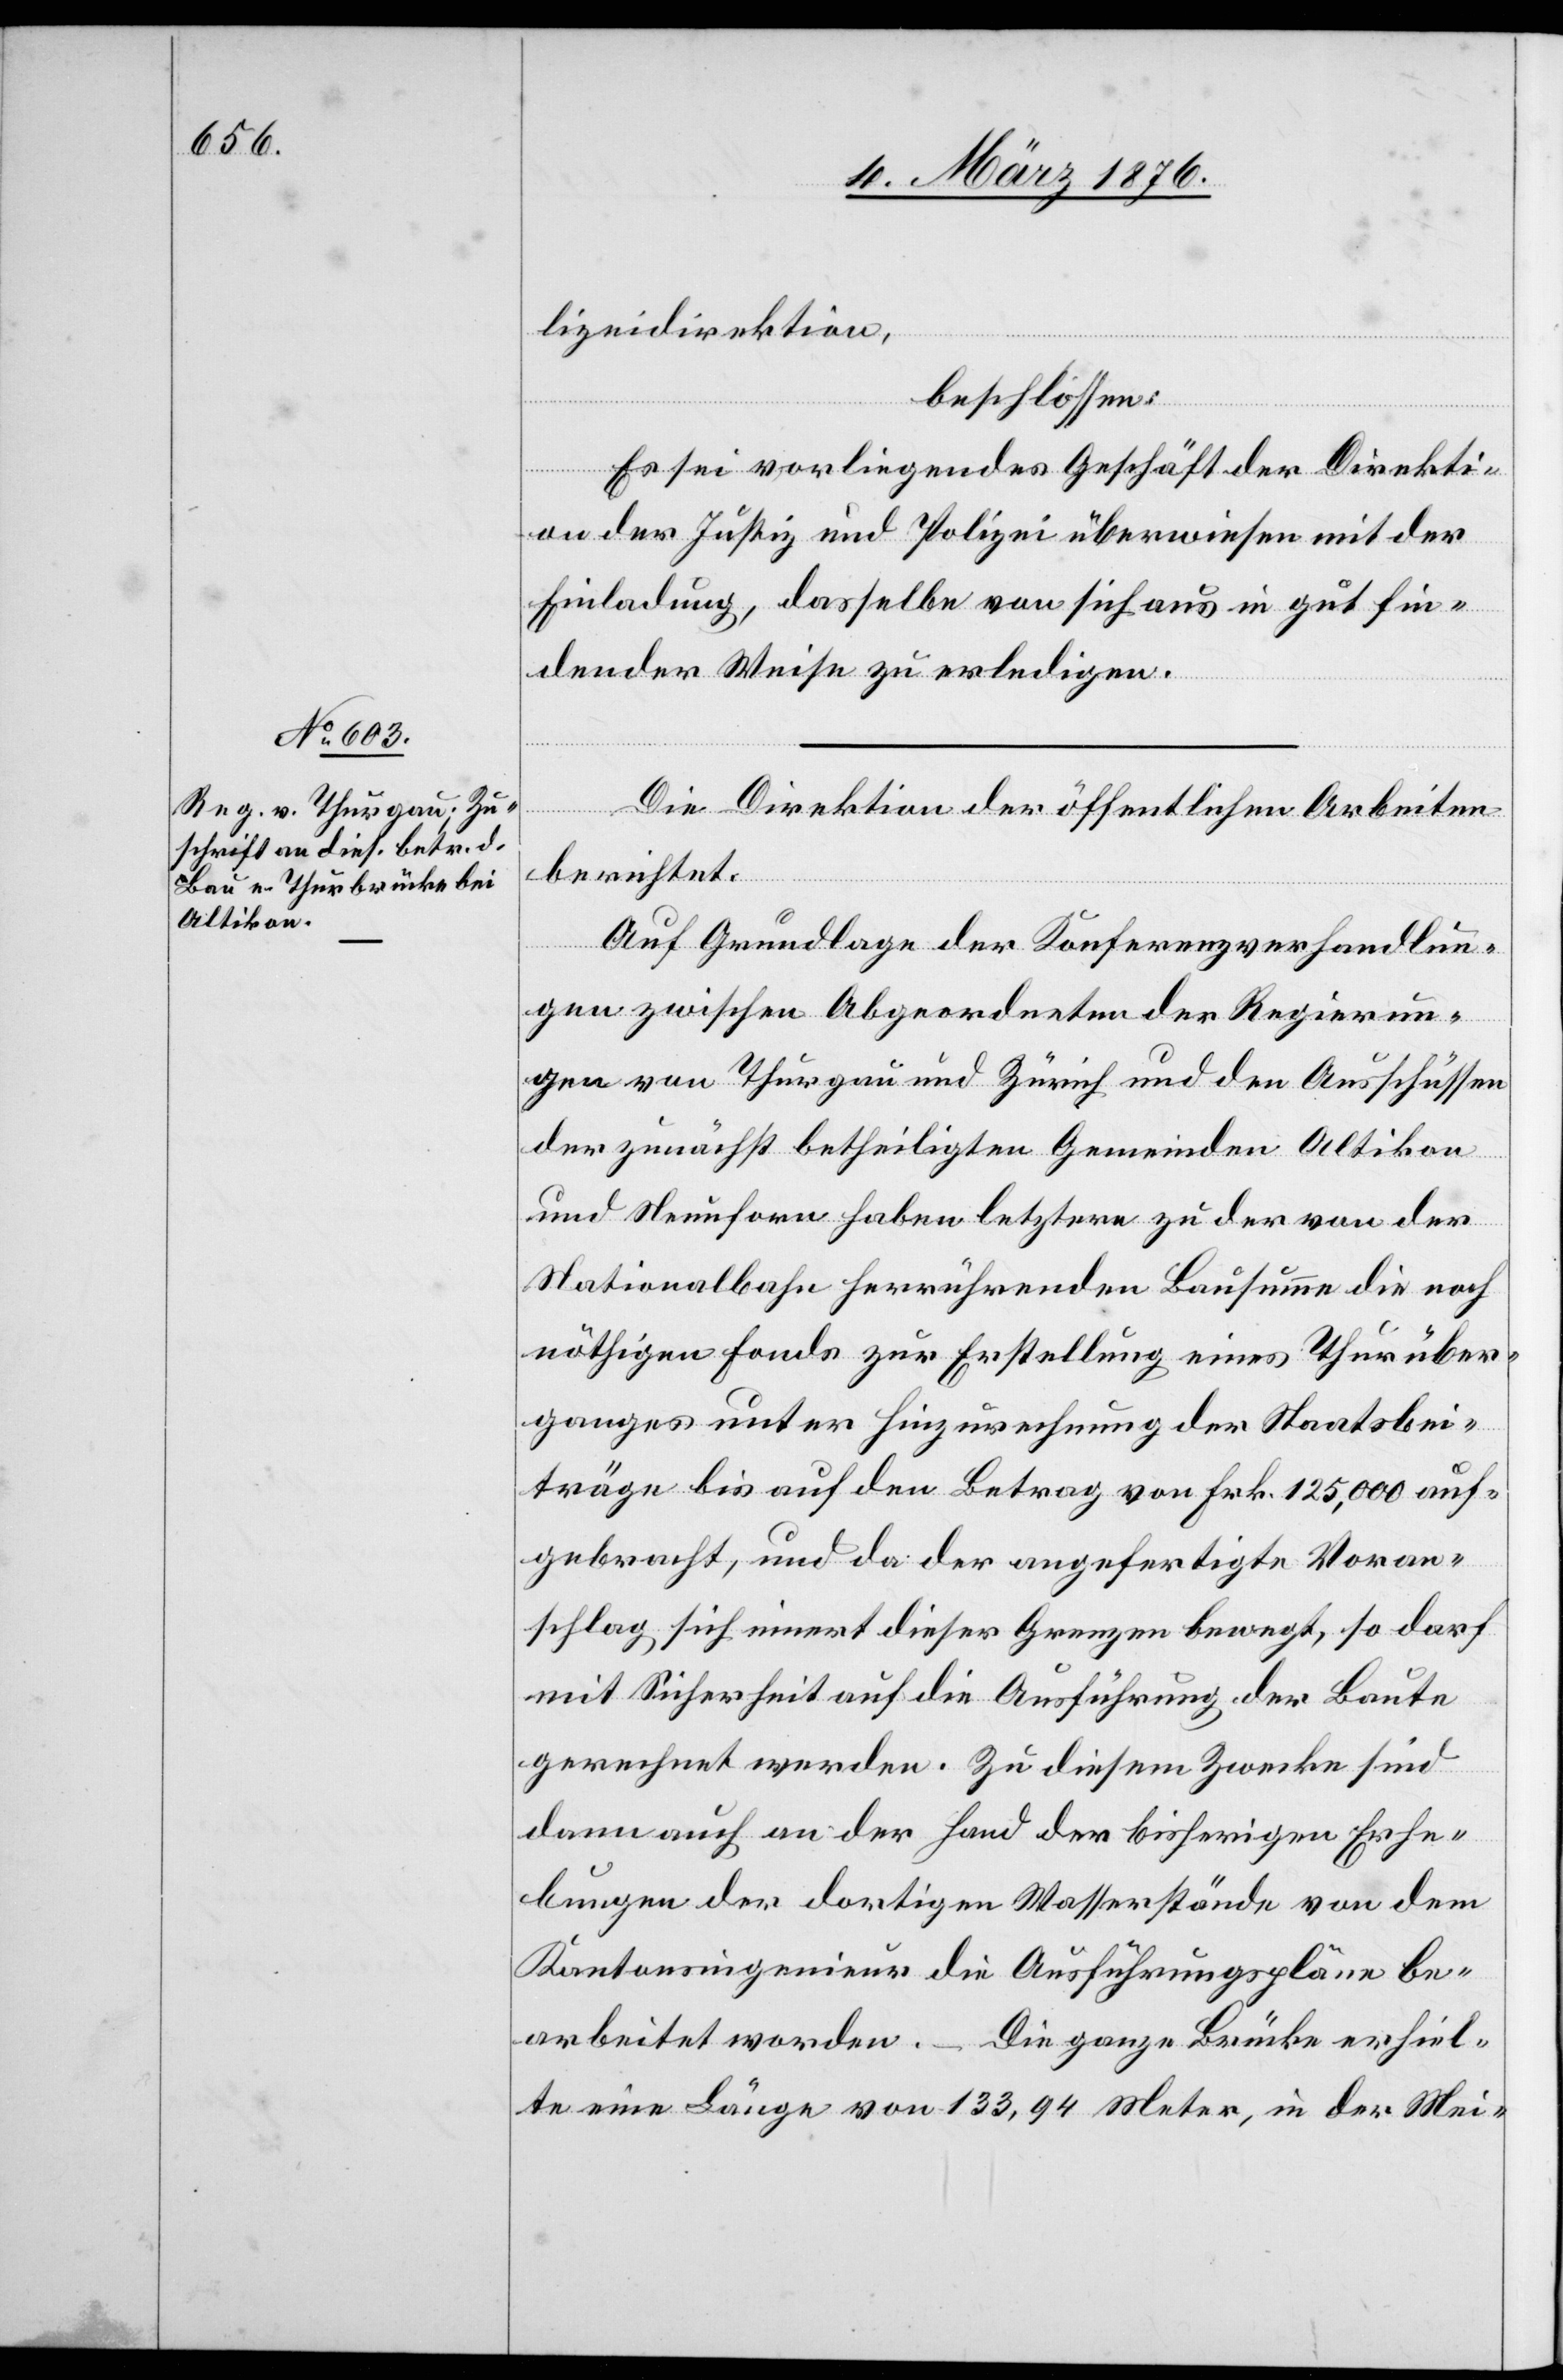
lizeidirektion,
beschlossen:
Es sei vorliegendes Geschäft der Direkti¬
on der Justiz und Polizei überwiesen mit der
Einladung, dasselbe von sich aus in gut fin¬
dender Weise zu erledigen.
Die Direktion der öffentlichen Arbeiten
berichtet:
Auf Grundlage der Konferenzverhandlun¬
gen zwischen Abgeordneten der Regierun¬
gen von Thurgau und Zürich und den Ausschüssen
der zunächst betheiligten Gemeinden Altikon
und Neunforn haben letztern zu der von der
Nationalbahn herrührenden Bausumme die noch
nöthigen Fonds zur Erstellung eines Thurüber¬
ganges unter Hinzurechnung der Staatsbei¬
träge bis auf den Betrag von Frk. 125,000 auf¬
gebracht, und da der angefertigte Voran¬
schlag sich innert dieser Grenzen bewegt, so darf
mit Sicherheit auf die Ausführung der Baute
gerechnet werden. Zu diesem Zwecke sind
dann auch an der Hand der bisherigen Erhe¬
bungen der dortigen Wasserstände von dem
Kantonsingenieur die Ausführungspläne be¬
arbeitet worden. – Die ganze Brücke erhiel¬
te eine Länge von 133,94 Meter, in der Mei-